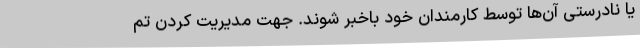
یا نادرستی آن‌ها توسط کارمندان خود باخبر شوند. جهت مدیریت کردن تم